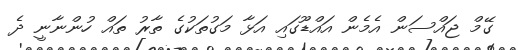
ގޭމް ޖައްސަން އެމެން އައްޑޫގައި އަޅާ މަގުތަކުގެ ތާރު ތައް ހުންނާނީ ދެ